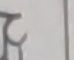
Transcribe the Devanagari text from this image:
ट